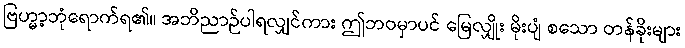
ဗြဟ္မာ့ဘုံရောက်ရ၏။ အဘိညာဉ်ပါရလျှင်ကား ဤဘဝမှာပင် မြေလျှိုး မိုးပျံ စသော တန်ခိုးများ